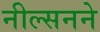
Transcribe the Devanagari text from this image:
नील्सनने